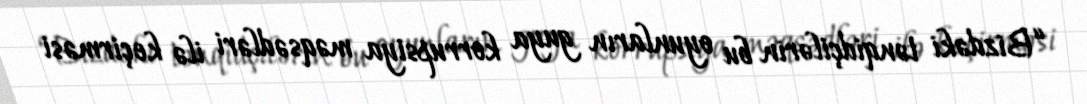
“Bizdəki tənqidçilərin bu oyunların guya korrupsiya məqsədləri ilə keçirməsi